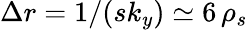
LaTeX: \Delta r=1/(sk_{y})\simeq 6\, \rho_{s}